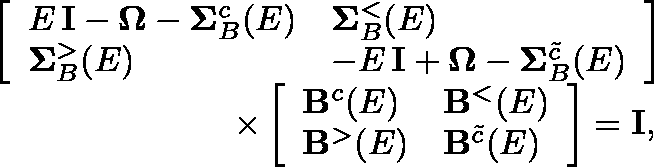
\begin{array} { r l } & { \left[ \begin{array} { l l } { E \, \mathbf { I } - \mathbf { \Omega } - \mathbf { \Sigma } _ { B } ^ { c } ( E ) } & { \mathbf { \Sigma } _ { B } ^ { < } ( E ) } \\ { \mathbf { \Sigma } _ { B } ^ { > } ( E ) } & { - E \, \mathbf { I } + \mathbf { \Omega } - \mathbf { \Sigma } _ { B } ^ { \tilde { c } } ( E ) } \end{array} \right] } \\ & { \qquad \qquad \qquad \quad \times \left[ \begin{array} { l l } { \mathbf { B } ^ { c } ( E ) } & { \mathbf { B } ^ { < } ( E ) } \\ { \mathbf { B } ^ { > } ( E ) } & { \mathbf { B } ^ { \tilde { c } } ( E ) } \end{array} \right] = \mathbf { I } , } \end{array}